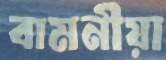
বামনীয়া